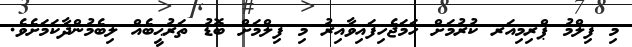
މި ފިލްމު ޕްރިމިއަރ ކުރުމަށް ހަމަޖެހިފައިވާއިރު މި ފިލްމަށް ބޮޑު ތަރުޙީބެއް ލިބެމުންދާކަމަށެވެ.